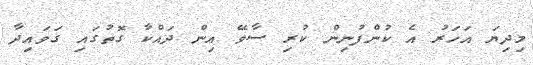
މިދިޔަ އަހަރު އެ ކުންފުނިން ކުރި ސާވޭ އިން ދައްކާ ގޮތުގައި ގަވައިދާ